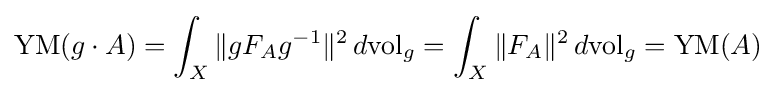
\operatorname {YM} (g\cdot A)=\int _{X}\|gF_{A}g^{-1}\|^{2}\,d\mathrm {vol} _{g}=\int _{X}\|F_{A}\|^{2}\,d\mathrm {vol} _{g}=\operatorname {YM} (A)